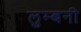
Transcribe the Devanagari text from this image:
लुम्बनी